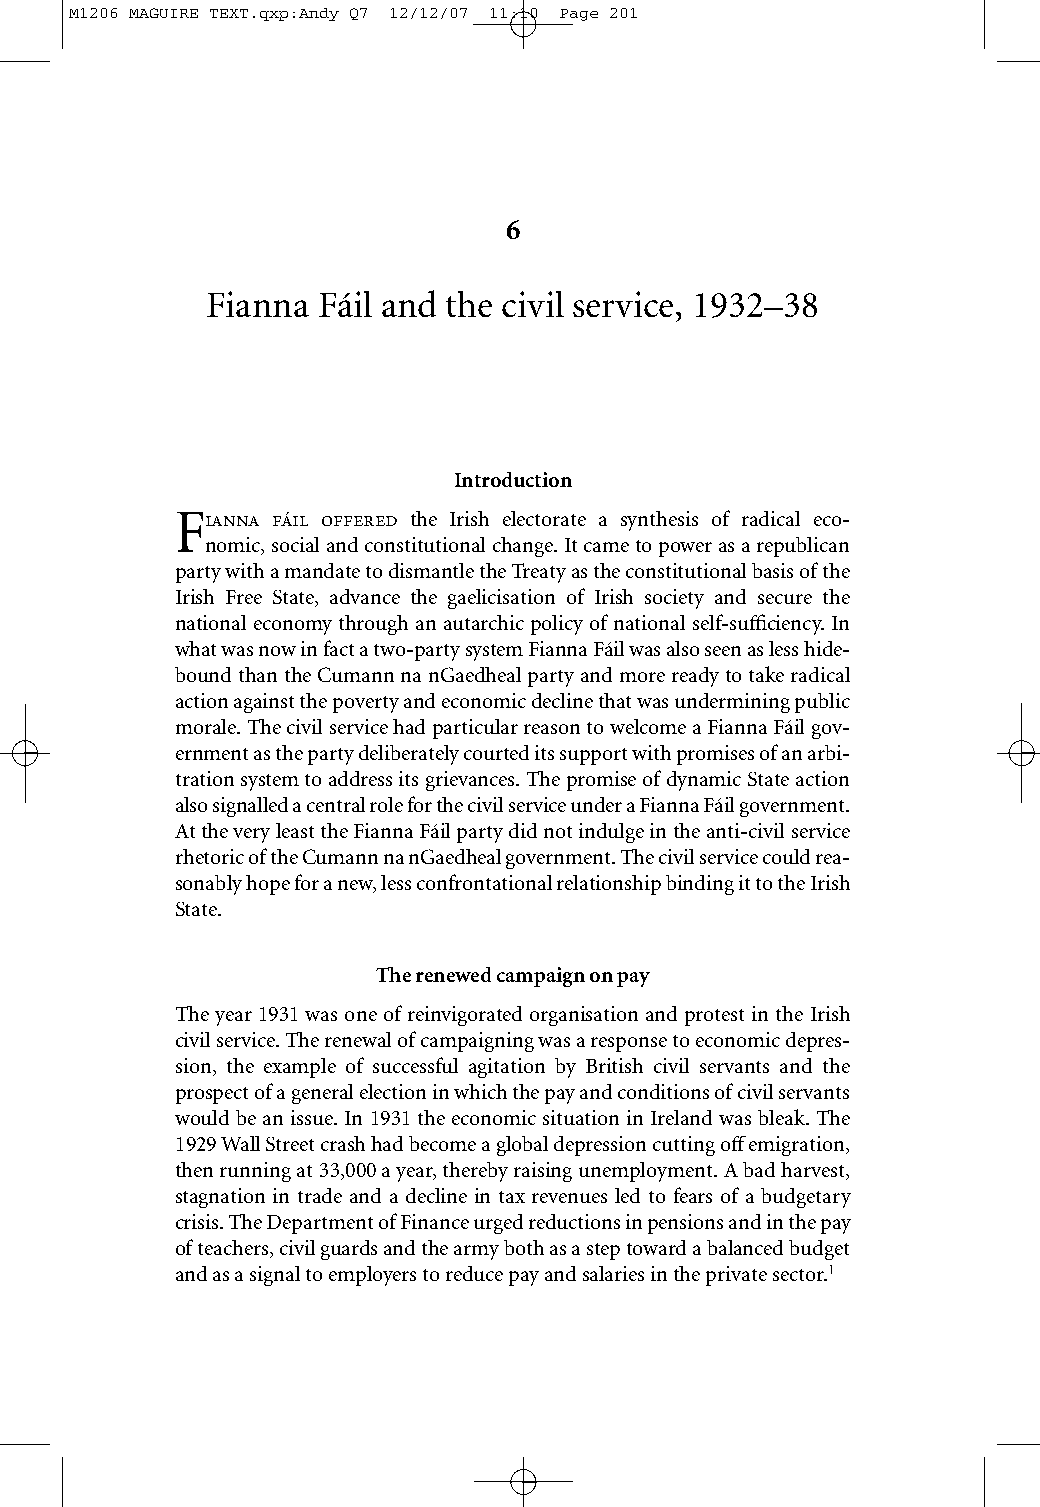
M1206 MAGUIRE TEXT.qxp:Andy Q7 12/12/07 11:10 Page 201
 6
 Fianna Fáil and the civil service, 1932–38
 Introduction
 F ´  the Irish electorate a synthesis of radical eco-
 nomic,social and constitutional change. It came to power as a republican
 party with a mandate to dismantle the Treaty as the constitutional basis of the
 Irish Free State, advance the gaelicisation of Irish society and secure the
 national economy through an autarchic policy of national self-sufficiency. In
 what was now in fact a two-party system Fianna Fáil was also seen as less hide-
 bound than the Cumann na nGaedheal party and more ready to take radical
 action against the poverty and economic decline that was undermining public
 morale. The civil service had particular reason to welcome a Fianna Fáil gov-
 ernment as the party deliberately courted its support with promises of an arbi-
 tration system to address its grievances. The promise of dynamic State action
 also signalled a central role for the civil service under a Fianna Fáil government.
 At the very least the Fianna Fáil party did not indulge in the anti-civil service
 rhetoric of the Cumann na nGaedheal government. The civil service could rea-
 sonably hope for a new, less confrontational relationship binding it to the Irish
 State.
 The renewed campaign on pay
 The year 1931 was one of reinvigorated organisation and protest in the Irish
 civil service. The renewal of campaigning was a response to economic depres-
 sion, the example of successful agitation by British civil servants and the
 prospect of a general election in which the pay and conditions of civil servants
 would be an issue. In 1931 the economic situation in Ireland was bleak. The
 1929 Wall Street crash had become a global depression cutting offemigration,
 then running at 33,000 a year, thereby raising unemployment. A bad harvest,
 stagnation in trade and a decline in tax revenues led to fears of a budgetary
 crisis. The Department of Finance urged reductions in pensions and in the pay
 of teachers, civil guards and the army both as a step toward a balanced budget
 and as a signal to employers to reduce pay and salaries in the private sector.1